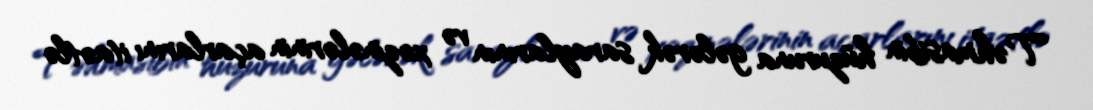
Təhmasibin hüzuruna gələrək saraylarının və xəzinələrinin açarlarını itaətlə